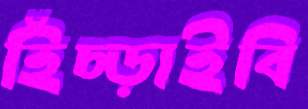
হিঁচ্‌ড়াইবি